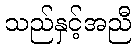
သည်နှင့်အညီ